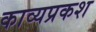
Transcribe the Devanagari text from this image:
काव्यप्रकश